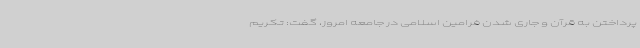
پرداختن به قرآن و جاری شدن فرامین اسلامی در جامعه امروز، گفت: تکریم